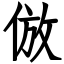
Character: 倣